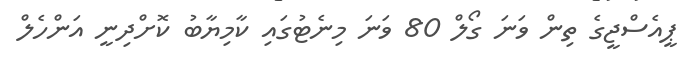
ޕީއެސްޖީގެ ތިން ވަނަ ގޯލް 80 ވަނަ މިނެޓުގައި ކާމިޔާބު ކޮށްދިނީ އަންހެލް